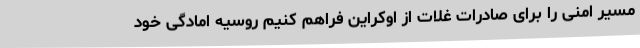
مسیر امنی را برای صادرات غلات از اوکراین فراهم کنیم روسیه امادگی خود